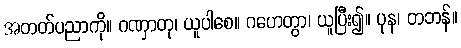
အတတ်ပညာကို။ ဂဏှာတု၊ ယူပါစေ။ ဂဟေတွာ၊ ယူပြီး၍။ ပုန၊ တဘန်။